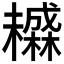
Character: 𬅄